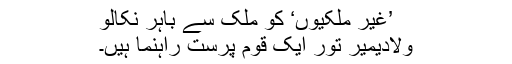
’غیر ملکیوں‘ کو ملک سے باہر نکالو
ولادیمیر تور ایک قوم پرست راہنما ہیں۔